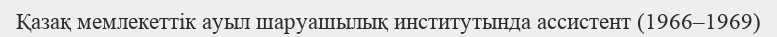
Қазақ мемлекеттік ауыл шаруашылық институтында ассистент (1966–1969)